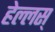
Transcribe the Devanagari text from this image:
हेल्लस्